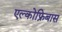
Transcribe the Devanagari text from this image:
एल्कोफ्रिबास